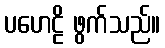
ပဟေဠိ ဖွက်သည်။